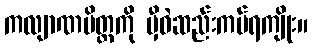
ကလျာဏမိတ္တကို မှီဝဲဆည်းကပ်ရကျိုး။